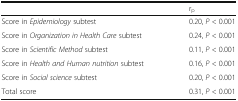
<table><thead><tr><td></td><td><b>r<sub>p</sub></b></td></tr></thead><tbody><tr><td>Score in <i>Epidemiology</i> subtest</td><td>0.20, <i>P</i> &lt; 0.001</td></tr><tr><td>Score in <i>Organization in Health Care</i> subtest</td><td>0.24, <i>P</i> &lt; 0.001</td></tr><tr><td>Score in <i>Scientific Method</i> subtest</td><td>0.11, <i>P</i> &lt; 0.001</td></tr><tr><td>Score in <i>Health and Human nutrition</i> subtest</td><td>0.16, <i>P</i> &lt; 0.001</td></tr><tr><td>Score in <i>Social science</i> subtest</td><td>0.20, <i>P</i> &lt; 0.001</td></tr><tr><td>Total score</td><td>0.31, <i>P</i> &lt; 0.001</td></tr></tbody></table>